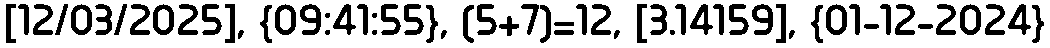
[12/03/2025], {09:41:55}, (5+7)=12, [3.14159], {01-12-2024}